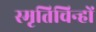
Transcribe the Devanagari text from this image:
स्मृतिचिन्हों